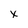
Character: x